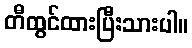
တီထွင်ထားပြီးသားပါ။